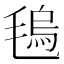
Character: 𣯑